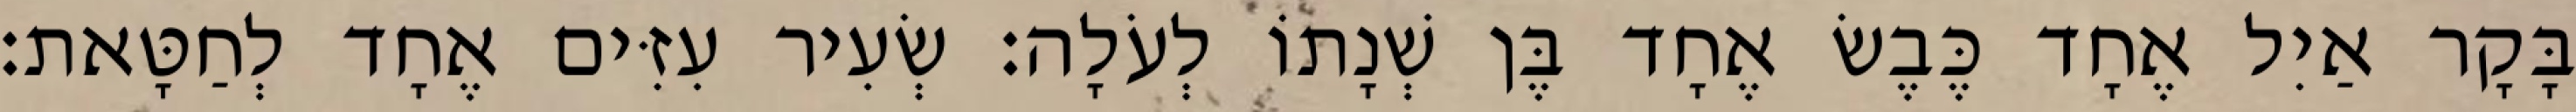
בָּקָר אַיִל אֶחָד כֶּבֶשׂ אֶחָד בֶּן שְׁנָתוֹ לְעֹלָה׃ שְׂעִיר עִזִּים אֶחָד לְחַטָּאת׃